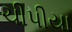
ચીપીયા